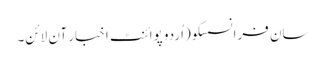
سان فرانسسکو(اُردو پوائنٹ اخبار آن لائن۔